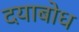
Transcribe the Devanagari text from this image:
दयाबोध